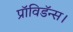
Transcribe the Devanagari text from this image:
प्रॉविडॅन्स।